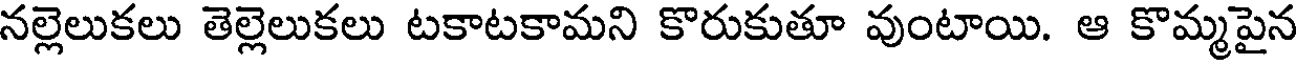
నల్లెలుకలు తెల్లెలుకలు టకాటకామని కొరుకుతూ వుంటాయి. ఆ కొమ్మపైన